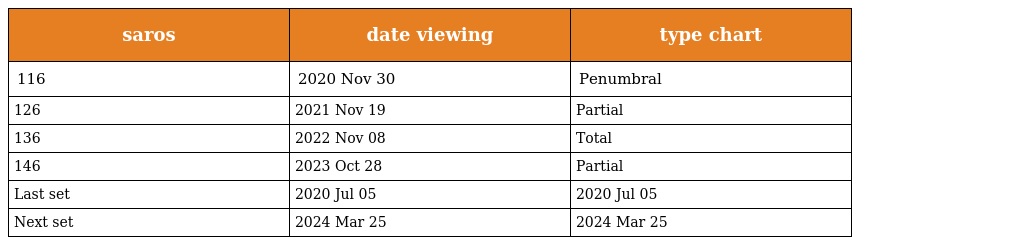
| saros | date viewing | type chart |
 | --- | --- | --- |
 | 116 | 2020 Nov 30 | Penumbral |
 | 126 | 2021 Nov 19 | Partial |
 | 136 | 2022 Nov 08 | Total |
 | 146 | 2023 Oct 28 | Partial |
 | Last set | 2020 Jul 05 | 2020 Jul 05 |
 | Next set | 2024 Mar 25 | 2024 Mar 25 |